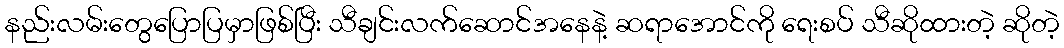
နည်းလမ်းတွေပြောပြမှာဖြစ်ပြီး သီချင်းလက်ဆောင်အနေနဲ့ ဆရာအောင်ကို ရေးစပ် သီဆိုထားတဲ့ ဆိုတဲ့